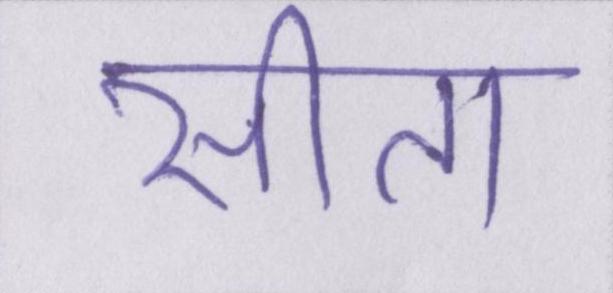
सीता